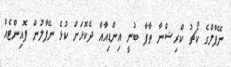
ނޭޕާލްގެ ކޯޗު ކްރިޝްނާ ތާޕާ ބުނީ އިންޑިއާއާ ދެކޮޅަށް ކުޅެ ނޭޕާލުން ޕޮއިންޓެއް